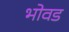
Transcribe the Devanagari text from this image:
भोवड